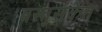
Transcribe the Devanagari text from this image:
वस्तुसंकेत